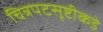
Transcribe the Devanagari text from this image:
चित्रपटसृष्टीकडे